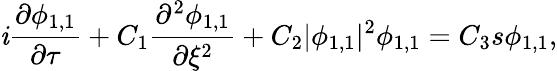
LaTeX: \mathit{i}\frac{{\partial\phi_{1,1}}}{{\partial\tau}}+C_{1}\frac{{\partial^{2}\phi_{1,1}}}{{\partial\xi^{2}}}+C_{2}|\phi_{1,1}|^{2}\phi_{1,1}=C_{3}s\phi_{1,1},